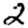
Digit: 2